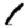
Digit: 1